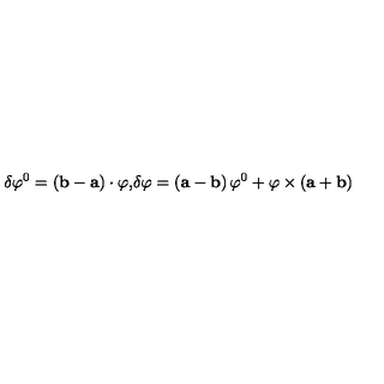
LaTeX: \delta \varphi ^ { 0 } = \left( { \bf b - a } \right) \cdot { \mathbf \varphi , } \delta { \mathbf \varphi } = \left( { \bf a - b } \right) \varphi ^ { 0 } + { \mathbf \varphi } \times \left( { \bf a + b } \right) \nonumber